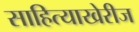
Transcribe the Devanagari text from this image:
साहित्याखेरीज